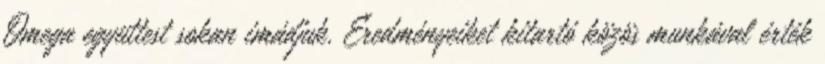
Omega együttest sokan imádjuk. Eredményeiket kitartó közös munkával érték